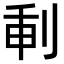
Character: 𠜕